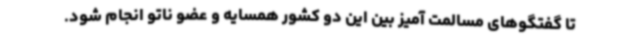
تا گفتگوهای مسالمت آمیز بین این دو کشور همسایه و عضو ناتو انجام شود.